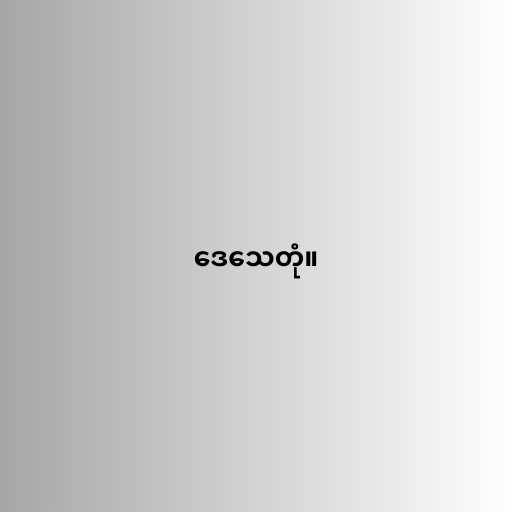
ဒေသေတုံ။